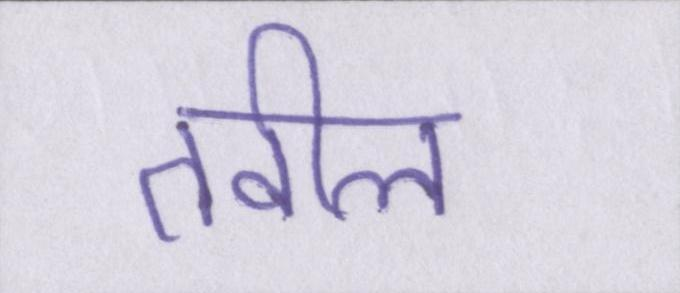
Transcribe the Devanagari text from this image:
तवील